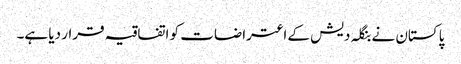
پاکستان نے بنگلہ دیش کے اعتراضات کو اتفاقیہ قرار دیا ہے۔